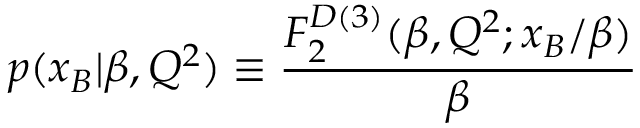
p ( x _ { B } | \beta , Q ^ { 2 } ) \equiv { \frac { F _ { 2 } ^ { D ( 3 ) } ( \beta , Q ^ { 2 } ; x _ { B } / \beta ) } { \beta } }